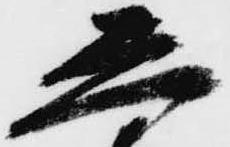
し